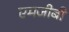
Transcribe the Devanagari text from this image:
एमजीबी